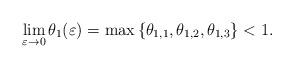
LaTeX: \begin{align*}\lim_{\varepsilon \to 0} \theta_1(\varepsilon) = \max\left\{ \theta_{1,1}, \theta_{1,2}, \theta_{1,3} \right\} < 1.\end{align*}